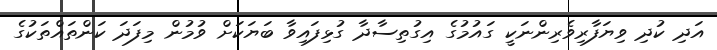
އަދި ކުދި ވިޔަފާރިވެރިންނަކީ ގައުމުގެ އިގުތިސާދާ ގުޅިފައިވާ ބަޔަކަށް ވުމުން މިފަދަ ކަންތައްތަކުގެ